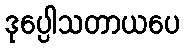
ဒုပ္ပေါသတာယပေ